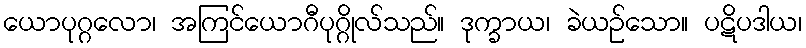
ယောပုဂ္ဂလော၊ အကြင်ယောဂီပုဂ္ဂိုလ်သည်။ ဒုက္ခာယ၊ ခဲယဉ်သော။ ပဋိပဒါယ၊